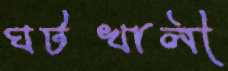
ঘটখালী